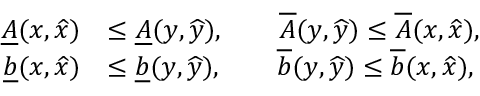
\begin{array} { r l } { \underline { { A } } ( x , \widehat { x } ) } & { \le \underline { { A } } ( y , \widehat { y } ) , \qquad \overline { { A } } ( y , \widehat { y } ) \le \overline { { A } } ( x , \widehat { x } ) , } \\ { \underline { { b } } ( x , \widehat { x } ) } & { \le \underline { { b } } ( y , \widehat { y } ) , \qquad \overline { { b } } ( y , \widehat { y } ) \le \overline { { b } } ( x , \widehat { x } ) , } \end{array}